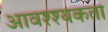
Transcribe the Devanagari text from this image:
आवश्श्यकता